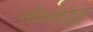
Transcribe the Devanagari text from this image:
लोकगीतेही